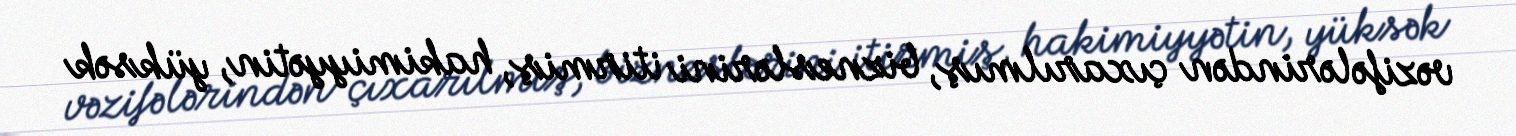
vəzifələrindən çıxarılmış, bizneslərini itirmiş, hakimiyyətin, yüksək